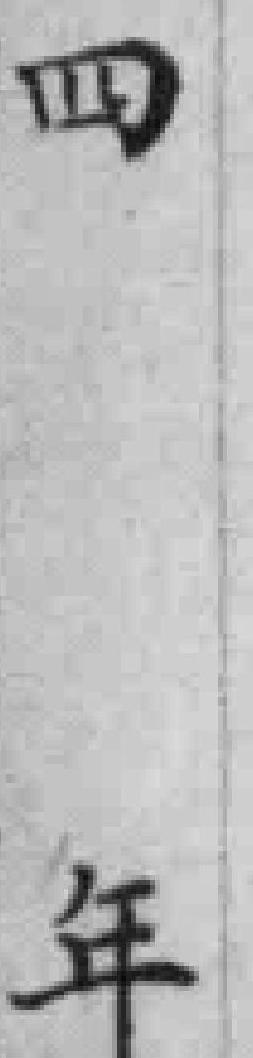
四年